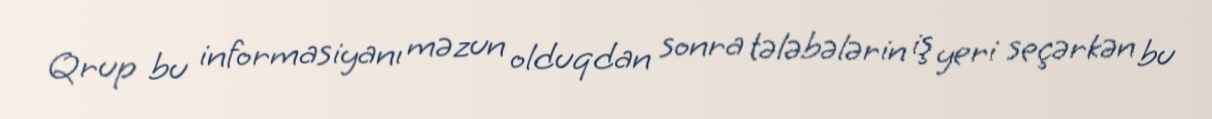
Qrup bu informasiyanı məzun olduqdan sonra tələbələrin iş yeri seçərkən bu